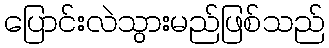
ပြောင်းလဲသွားမည်ဖြစ်သည်